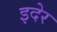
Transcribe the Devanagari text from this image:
इदेर